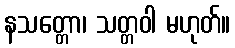
နသတ္တော၊ သတ္တဝါ မဟုတ်။